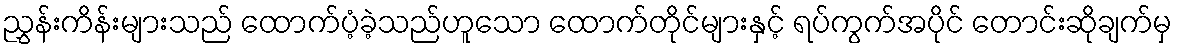
ညွှန်းကိန်းများသည် ထောက်ပံ့ခဲ့သည်ဟူသော ထောက်တိုင်များနှင့် ရပ်ကွက်အပိုင် တောင်းဆိုချက်မှ